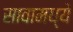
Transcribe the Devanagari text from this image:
सावामध्ये